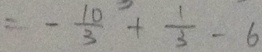
= - \frac { 1 0 } { 3 } + \frac { 1 } { 3 } - 6